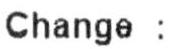
CHANGE :